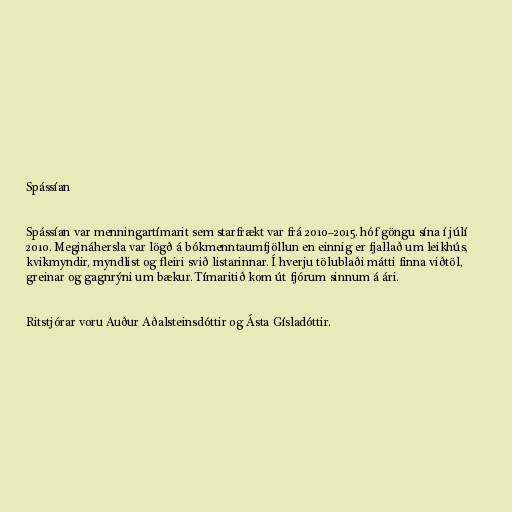
Spássían

Spássían var menningartímarit sem starfrækt var frá 2010–2015. hóf göngu sína í júlí
2010. Megináhersla var lögð á bókmenntaumfjöllun en einnig er fjallað um leikhús,
kvikmyndir, myndlist og fleiri svið listarinnar. Í hverju tölublaði mátti finna viðtöl,
greinar og gagnrýni um bækur. Tímaritið kom út fjórum sinnum á ári.

Ritstjórar voru Auður Aðalsteinsdóttir og Ásta Gísladóttir.